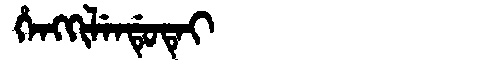
Manchu: ᡥᡝᠩᡴᡳᠯᡝᠨᡩᡠᡨᡝᡳ
Romanization: HENGKILENDUTEI